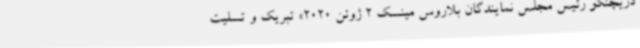
دریچنکو رئیس مجلس نمایندگان بلاروس مینسک 2 ژوئن 2020» تبریک و تسلیت